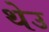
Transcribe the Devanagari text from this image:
थेउ